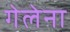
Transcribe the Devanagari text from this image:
गेलेना